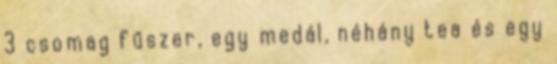
3 csomag fűszer, egy medál, néhány tea és egy